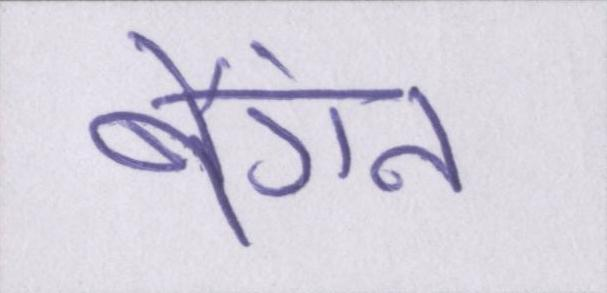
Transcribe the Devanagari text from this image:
बैंगन